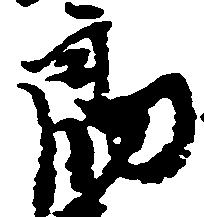
郎